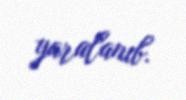
yaralanıb.